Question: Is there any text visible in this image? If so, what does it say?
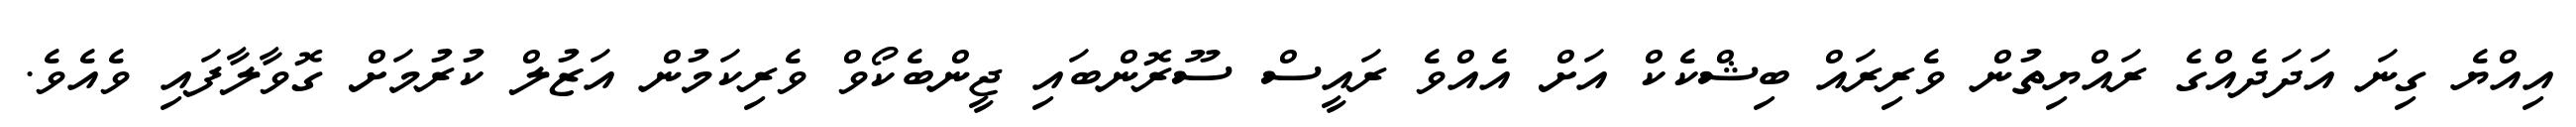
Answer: އިއްޔެ ގިނަ އަދަދެއްގެ ރައްޔިތުން ވެރިރައް ބިޝްކެކް އަށް އެއްވެ ރައީސް ސޫރޮންބައި ޖީންބެކޯވް ވެރިކަމުން އަޒުލް ކުރުމަށް ގޮވާލާފައި ވެއެވެ.